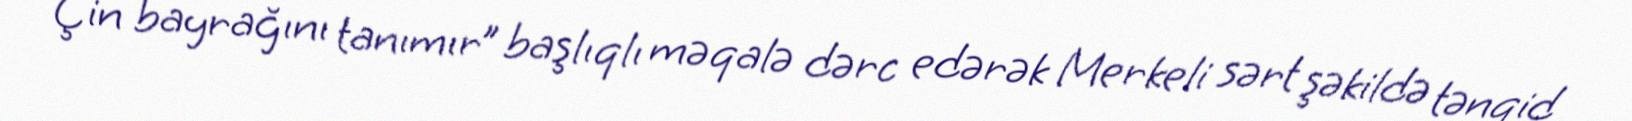
Çin bayrağını tanımır” başlıqlı məqalə dərc edərək Merkeli sərt şəkildə tənqid